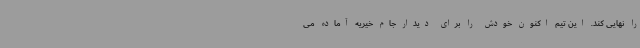
را نهایی کند. این تیم اکنون خودش را برای دیدار جام خیریه آماده می